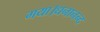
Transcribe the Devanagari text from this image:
गया।धनानन्द